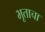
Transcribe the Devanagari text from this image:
भूताचा